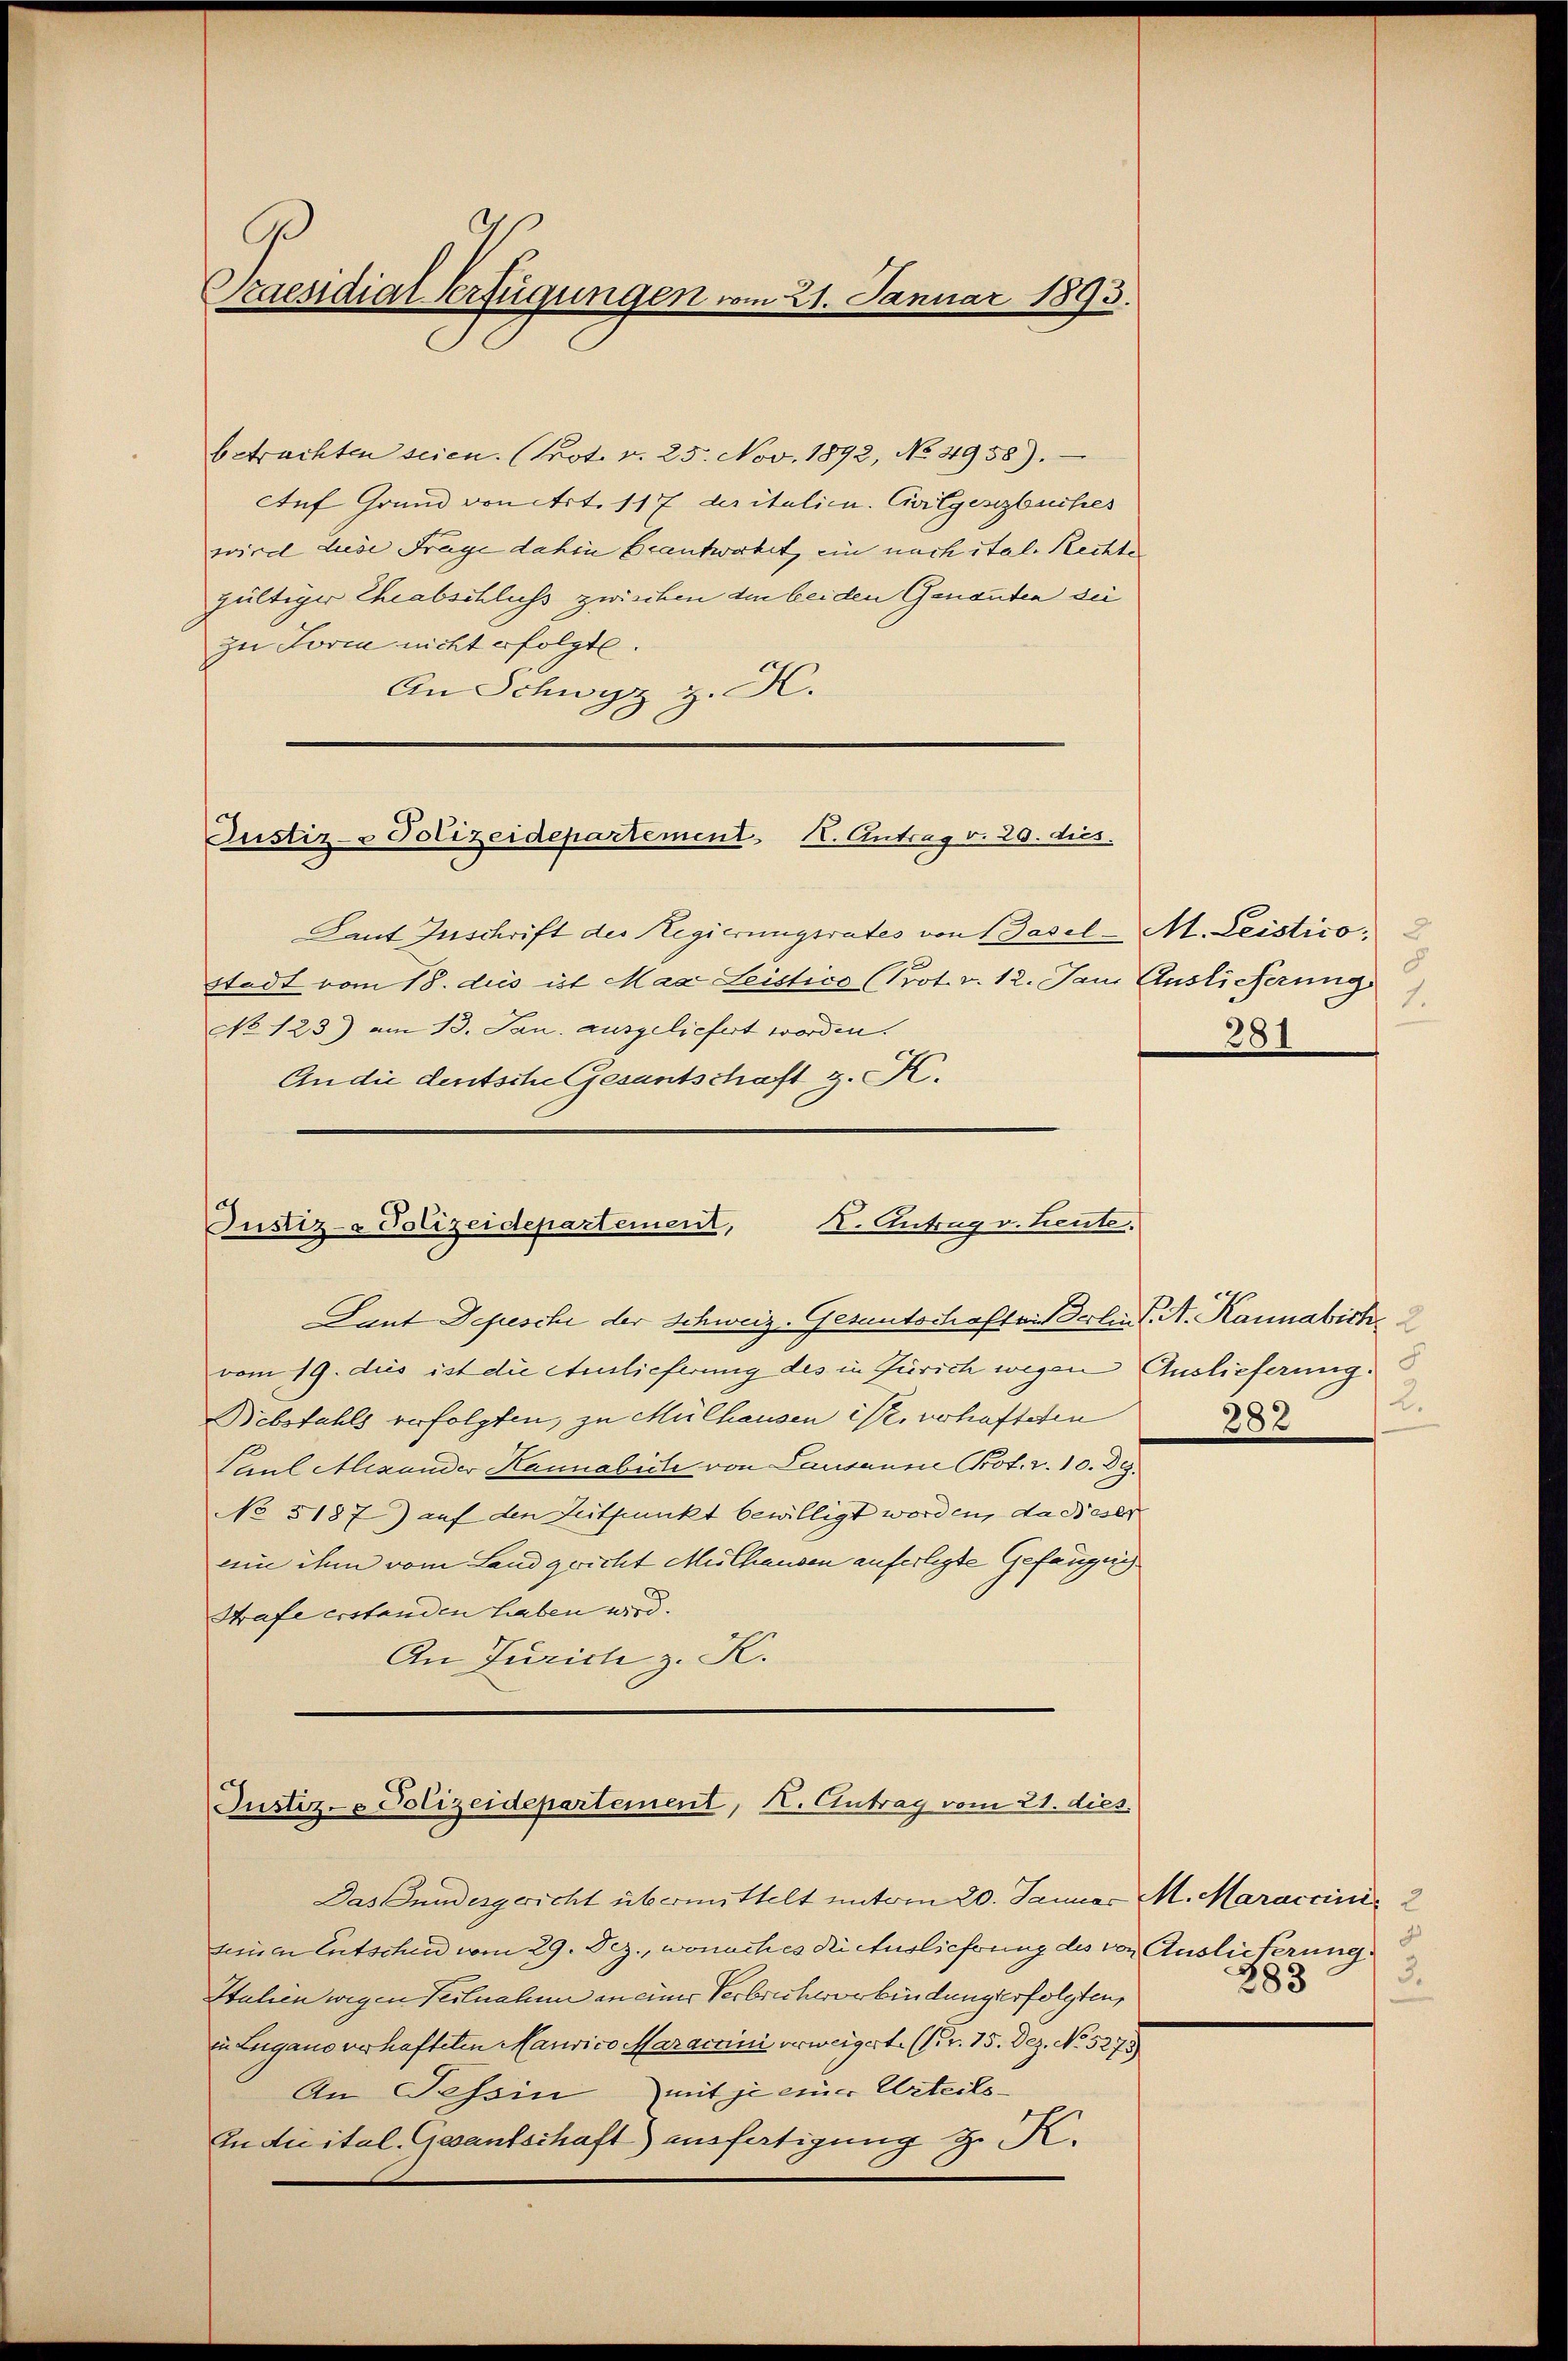
Praesidiat Verfügungen vom 21. Januar 1893.

betrachten seien. (Prot. v. 25. Nov. 1892, No 4958).
Auf Grund von Art. 117 der italien. Civilgeszbuches
wird Liede Frage dahin Beantwortet, ein nach ital. Rechte
gültiger Theabschluss zwischen den beiden Genanten die
zu Form nicht erfolgte.
An Schwyz z. H.

Justiz- & Polizeidepartement K. Antrag v. 20. dies

Laut Zuschrift der Regierungsrates von Basel-M. Leistico.
Stadt vom 18. dies ist Maa Leistico (Prot. v. 12. Jani Auslieferungs
No 123) am 13. Jan. ausgeliefert worden.
An die deutsche Gesantschaft z. K.

X. Antrag v. Kreute.
Justiz- & Polizeidepartement,

Gant Depesche der Schweiz. Gesantschaften Berlin K. A. Kannabich
vom 19. dies ist die Auslieferung des in Zürich wegen Auslieferung:
Bebsfahls verfolgten, zu Mülhausen ist verhafteten
Paul Alexander Kannabich von Lausanne Prot. v. 10. Dez.
No 5187) auf den Zeitpunkt bewilligt worden, da dieser
eine ihn vom Land gericht Mülhausen anferlegte Gefängnis
Strafe erstanden haben wird.
An Zürich z. K.

Justiz- & Polizeidepartement, I. Antrag vom 21. dies

Das Bundesgericht übermittelt unterm 20. Januar M. Maraccini
seinen Entschen vom 29. Dez., wonach es die Auslichung des von Auslieferung
Italien wegen Teilnahme an einer Verbrechererbindungserfolgten,
in Lugano verhafteten Maurico Maracrini verweigerte (Nr. 15. Dez. No. 5275
An Tessin mit je einer Urteils-
In die ital. Gesantschaft) ausfätigung z. K.

1.
281

2.
282

2
3.
383